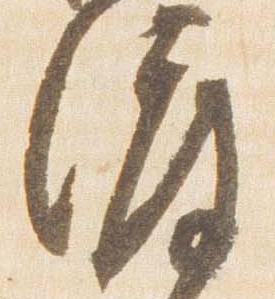
渡